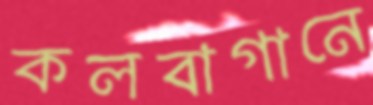
কলবাগানে